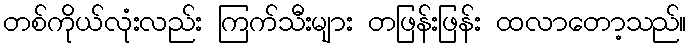
တစ်ကိုယ်လုံးလည်း ကြက်သီးများ တဖြန်းဖြန်း ထလာတော့သည်။